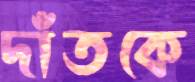
দাঁতকে